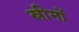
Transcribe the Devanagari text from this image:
स्रीमों